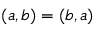
( a , b ) = ( b , a )